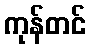
ကုန်တင်